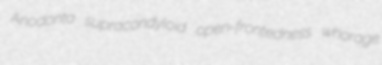
Anodonta supracondyloid open-frontedness whorage